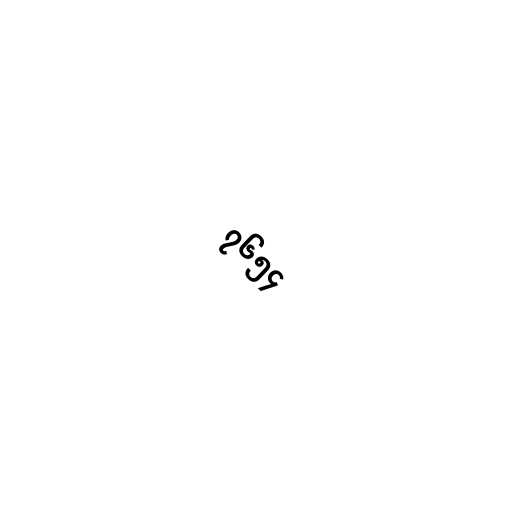
၇၆၅၄